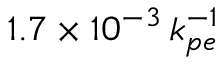
1 . 7 \times 1 0 ^ { - 3 } \, k _ { p e } ^ { - 1 }